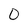
Character: 0